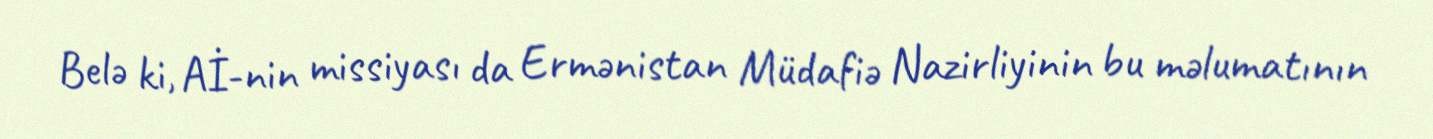
Belə ki, Aİ-nin missiyası da Ermənistan Müdafiə Nazirliyinin bu məlumatının